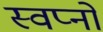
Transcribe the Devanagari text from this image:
स्वप्‍नों